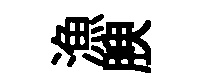
漁腴